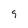
Character: 9